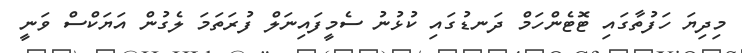
މިދިޔަ ހަފުތާގައި ޓޮޓެންހަމް ދަނޑުގައި ކުޅުނު ސެމީފައިނަލް ފުރަތަމަ ލެގުން އަޔަކްސް ވަނީ